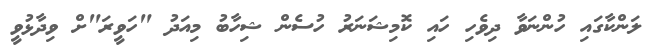
ލަންކާގައި ހުންނަވާ ދިވެހި ހައި ކޮމިޝަނަރު ހުސެން ޝިހާބު މިއަދު "ހަވީރަ"ށް ވިދާޅުވީ